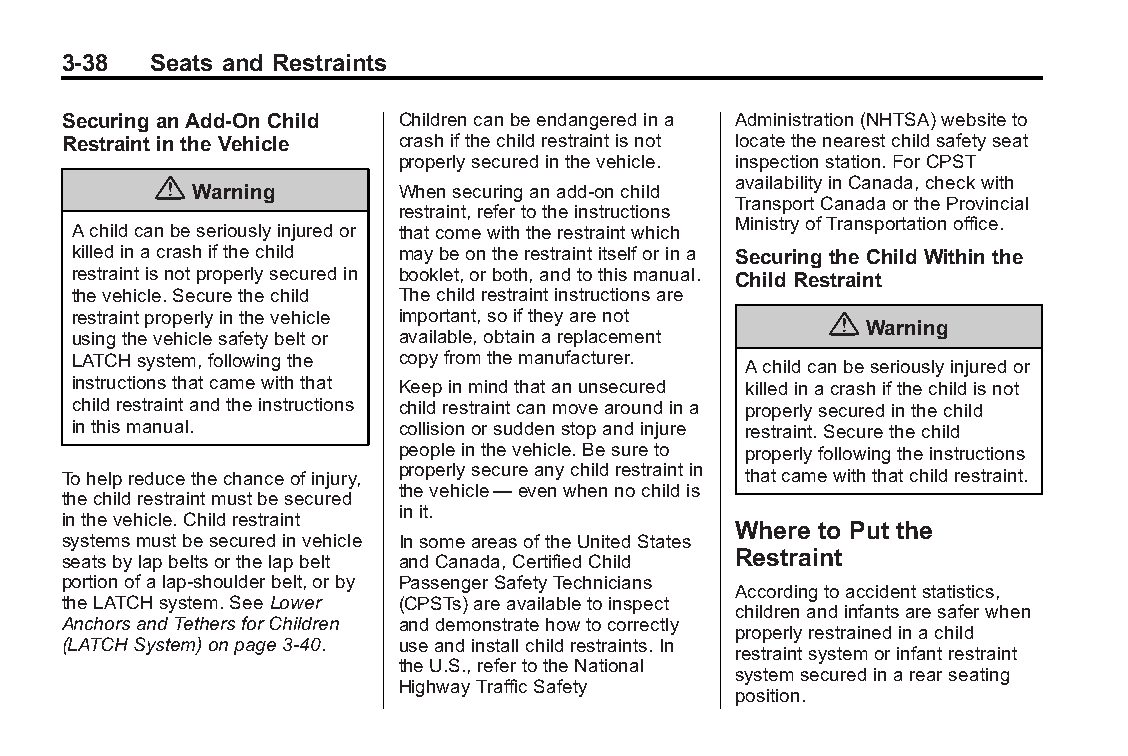
Buick LaCrosse Owner Manual (GMNA-Localizing-U.S./Canada/Mexico- Blackplate(38,1)
 6043609)-2014-2ndEdition-10/17/13
 3-38  Seats and Restraints
 Securing anAdd-On Child Childrencanbeendangeredina Administration(NHTSA)websiteto
 Restraint intheVehicle crashifthechildrestraintisnot locatethenearestchildsafetyseat
 properlysecuredinthevehicle. inspectionstation.ForCPST
 {                                     availabilityinCanada,checkwith
 Warning       Whensecuringanadd-onchild
 TransportCanadaortheProvincial
 restraint,refertotheinstructions
 MinistryofTransportationoffice.
 Achildcanbeseriouslyinjuredor thatcomewiththerestraintwhich
 killedinacrashifthechild maybeontherestraintitselforina Securing theChild Withinthe
 restraintisnotproperlysecuredin booklet,orboth,andtothismanual. Child Restraint
 thevehicle.Securethechild Thechildrestraintinstructionsare
 restraintproperlyinthevehicle important,soiftheyarenot {
 Warning
 usingthevehiclesafetybeltor available,obtainareplacement
 LATCHsystem,followingthe copyfromthemanufacturer. Achildcanbeseriouslyinjuredor
 instructionsthatcamewiththat Keepinmindthatanunsecured killedinacrashifthechildisnot
 childrestraintandtheinstructions childrestraintcanmovearoundina properlysecuredinthechild
 inthismanual.         collisionorsuddenstopandinjure restraint.Securethechild
 peopleinthevehicle.Besureto properlyfollowingtheinstructions
 Tohelpreducethechanceofinjury, properlysecureanychildrestraintin thatcamewiththatchildrestraint.
 thevehicle—evenwhennochildis
 thechildrestraintmustbesecured
 init.
 inthevehicle.Childrestraint
 Where to Put the
 systemsmustbesecuredinvehicle InsomeareasoftheUnitedStates
 seatsbylapbeltsorthelapbelt andCanada,CertifiedChild Restraint
 portionofalap-shoulderbelt,orby PassengerSafetyTechnicians
 Accordingtoaccidentstatistics,
 theLATCHsystem.SeeLower (CPSTs)areavailabletoinspect
 childrenandinfantsaresaferwhen
 AnchorsandTethersforChildren anddemonstratehowtocorrectly
 properlyrestrainedinachild
 (LATCHSystem)onpage3-40. useandinstallchildrestraints.In
 restraintsystemorinfantrestraint
 theU.S.,refertotheNational
 systemsecuredinarearseating
 HighwayTrafficSafety
 position.